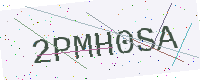
Text: 2PMH0SA